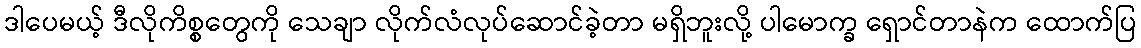
ဒါပေမယ့် ဒီလိုကိစ္စတွေကို သေချာ လိုက်လံလုပ်ဆောင်ခဲ့တာ မရှိဘူးလို့ ပါမောက္ခ ရှောင်တာနဲက ထောက်ပြ